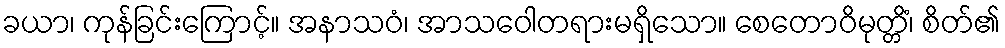
ခယာ၊ ကုန်ခြင်းကြောင့်။ အနာသဝံ၊ အာသဝေါတရားမရှိသော။ စေတောဝိမုတ္တိံ၊ စိတ်၏